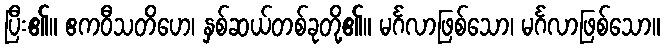
ပြီး၏။ ဧကဝီသတိဟေ၊ နှစ်ဆယ်တစ်ခုတို့၏။ မင်္ဂလာဖြစ်သော၊ မင်္ဂလာဖြစ်သော။